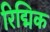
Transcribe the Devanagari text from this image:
रिद्मिक